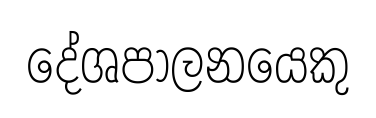
දේශපාලනයෙකු